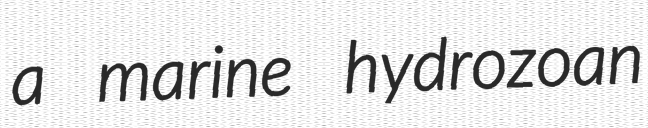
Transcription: a marine hydrozoan